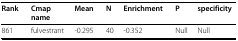
<table><thead><tr><td><b>Rank </b></td><td><b>Cmap name</b></td><td><b>Mean </b></td><td><b>N</b></td><td><b>Enrichment </b></td><td><b>P </b></td><td><b>specificity</b></td></tr></thead><tbody><tr><td>861</td><td>fulvestrant</td><td>-0.295</td><td>40</td><td>-0.352</td><td>Null</td><td>Null</td></tr></tbody></table>